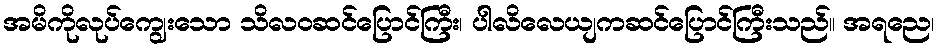
အမိကိုလုပ်ကျွေးသော သိလဝဆင်ပြောင်ကြီး၊ ပါလိလေယျကဆင်ပြောင်ကြီးသည်။ အရညေ၊